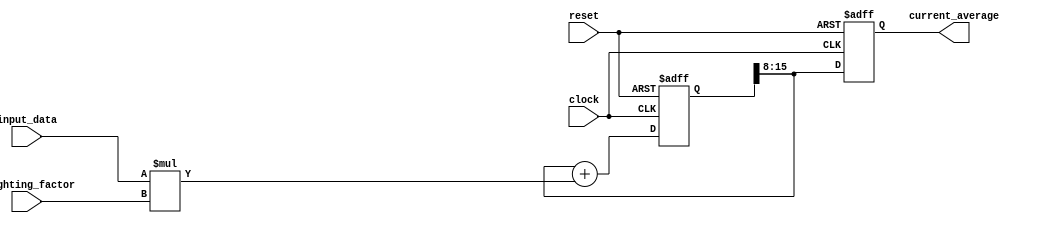
module exp_moving_avg_accumulator (
    input         clock,
    input         reset,
    input  [7:0]  input_data,
    input  [7:0]  weighting_factor,
    output reg [7:0] current_average
);

reg [15:0] accumulator;

always @(posedge clock or posedge reset) begin
    if (reset) begin
        accumulator <= 16'b0; // Reset accumulator
        current_average <= 8'b0; // Reset current average
    end else begin
        accumulator <= (accumulator >> 8) + (input_data * weighting_factor); // Update accumulator
        current_average <= accumulator[15:8]; // Get current average
    end
end

endmodule